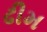
ઢીમ